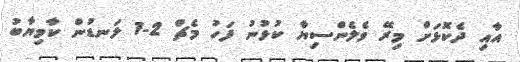
އާއި ދެކޮޅަށް މިރޭ ވެލެންސިޔާ ކުޅުނު ފަހު މެޗް 2-1 ލަނޑުން ކާމިޔާބު